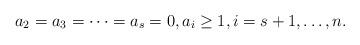
LaTeX: \begin{align*}a_2 = a_3 = \dots = a_s = 0, a_i \geq 1, i = s+1, \dots, n.\end{align*}